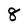
Character: 8